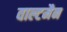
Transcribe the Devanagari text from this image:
वाल्टमैन